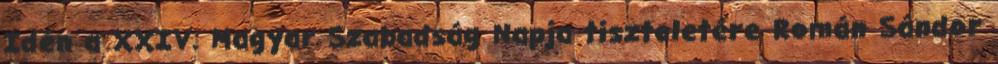
Idén a XXIV. Magyar Szabadság Napja tiszteletére Román Sándor